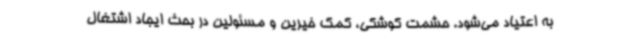
به اعتیاد می‌شود. حشمت کوشکی، کمک خیرین و مسئولین در بحث ایجاد اشتغال